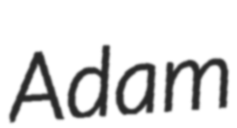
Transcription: Adam